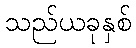
သည်ယခုနှစ်